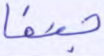
جنفا